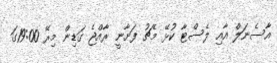
އާސެނަލް އާއި ލެސްޓާ ކުޅޭ މެޗު ފަށާނީ ރާއްޖެ ގަޑިން މިރޭ 19:00ގަ